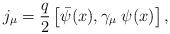
LaTeX: \begin{align*}j_{\mu }=\frac{q}{2}\left[ \bar{\psi}(x),\gamma _{\mu }\;\psi (x)\right] ,\end{align*}